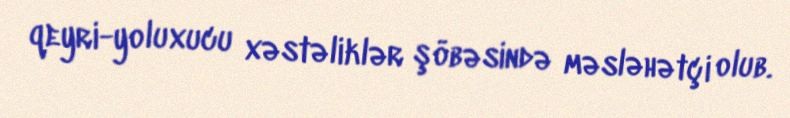
qeyri-yoluxucu xəstəliklər şöbəsində məsləhətçi olub.